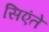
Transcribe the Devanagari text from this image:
सिएंते